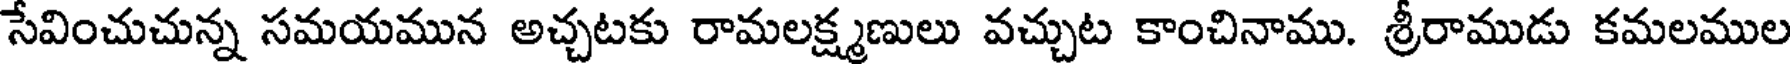
సేవించుచున్న సమయమున అచ్చటకు రామలక్ష్మణులు వచ్చుట కాంచినాము. శ్రీరాముడు కమలముల